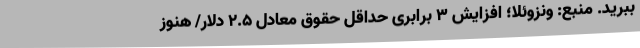
ببرید. منبع: ونزوئلا؛ افزایش 3 برابری حداقل حقوق معادل 2.5 دلار/ هنوز